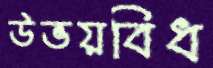
উভয়বিধ